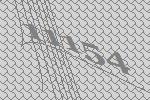
11154